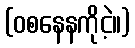
(ဝစနေနကိုငဲ့။)